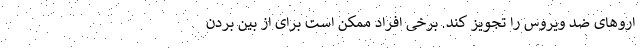
اروهای ضد ویروس را تجویز کند. برخی افراد ممکن است برای از بین بردن